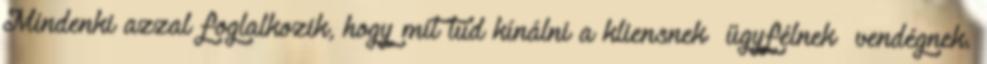
Mindenki azzal foglalkozik, hogy mit tud kínálni a kliensnek ügyfélnek vendégnek.